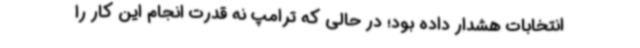
انتخابات هشدار داده بود؛ در حالی که ترامپ نه قدرت انجام این کار را